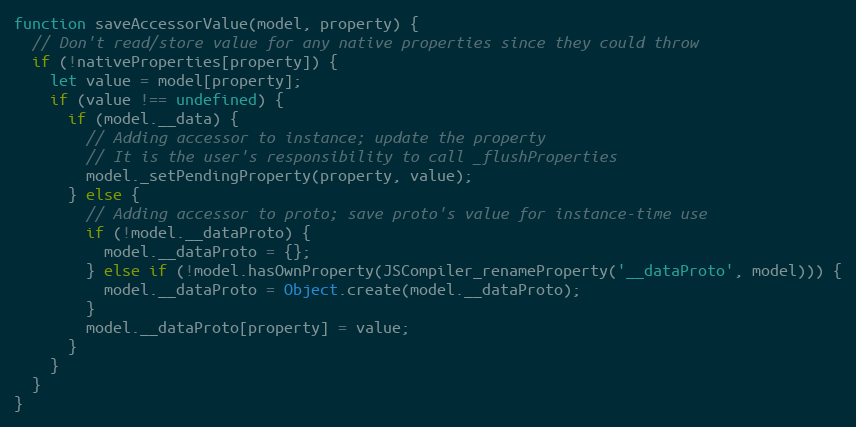
Language: JavaScript
function saveAccessorValue(model, property) {
  // Don't read/store value for any native properties since they could throw
  if (!nativeProperties[property]) {
    let value = model[property];
    if (value !== undefined) {
      if (model.__data) {
        // Adding accessor to instance; update the property
        // It is the user's responsibility to call _flushProperties
        model._setPendingProperty(property, value);
      } else {
        // Adding accessor to proto; save proto's value for instance-time use
        if (!model.__dataProto) {
          model.__dataProto = {};
        } else if (!model.hasOwnProperty(JSCompiler_renameProperty('__dataProto', model))) {
          model.__dataProto = Object.create(model.__dataProto);
        }
        model.__dataProto[property] = value;
      }
    }
  }
}